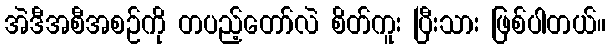
အဲဒီအစီအစဉ်ကို တပည့်တော်လဲ စိတ်ကူး ပြီးသား ဖြစ်ပါတယ်။